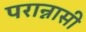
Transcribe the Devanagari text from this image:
परान्नासी